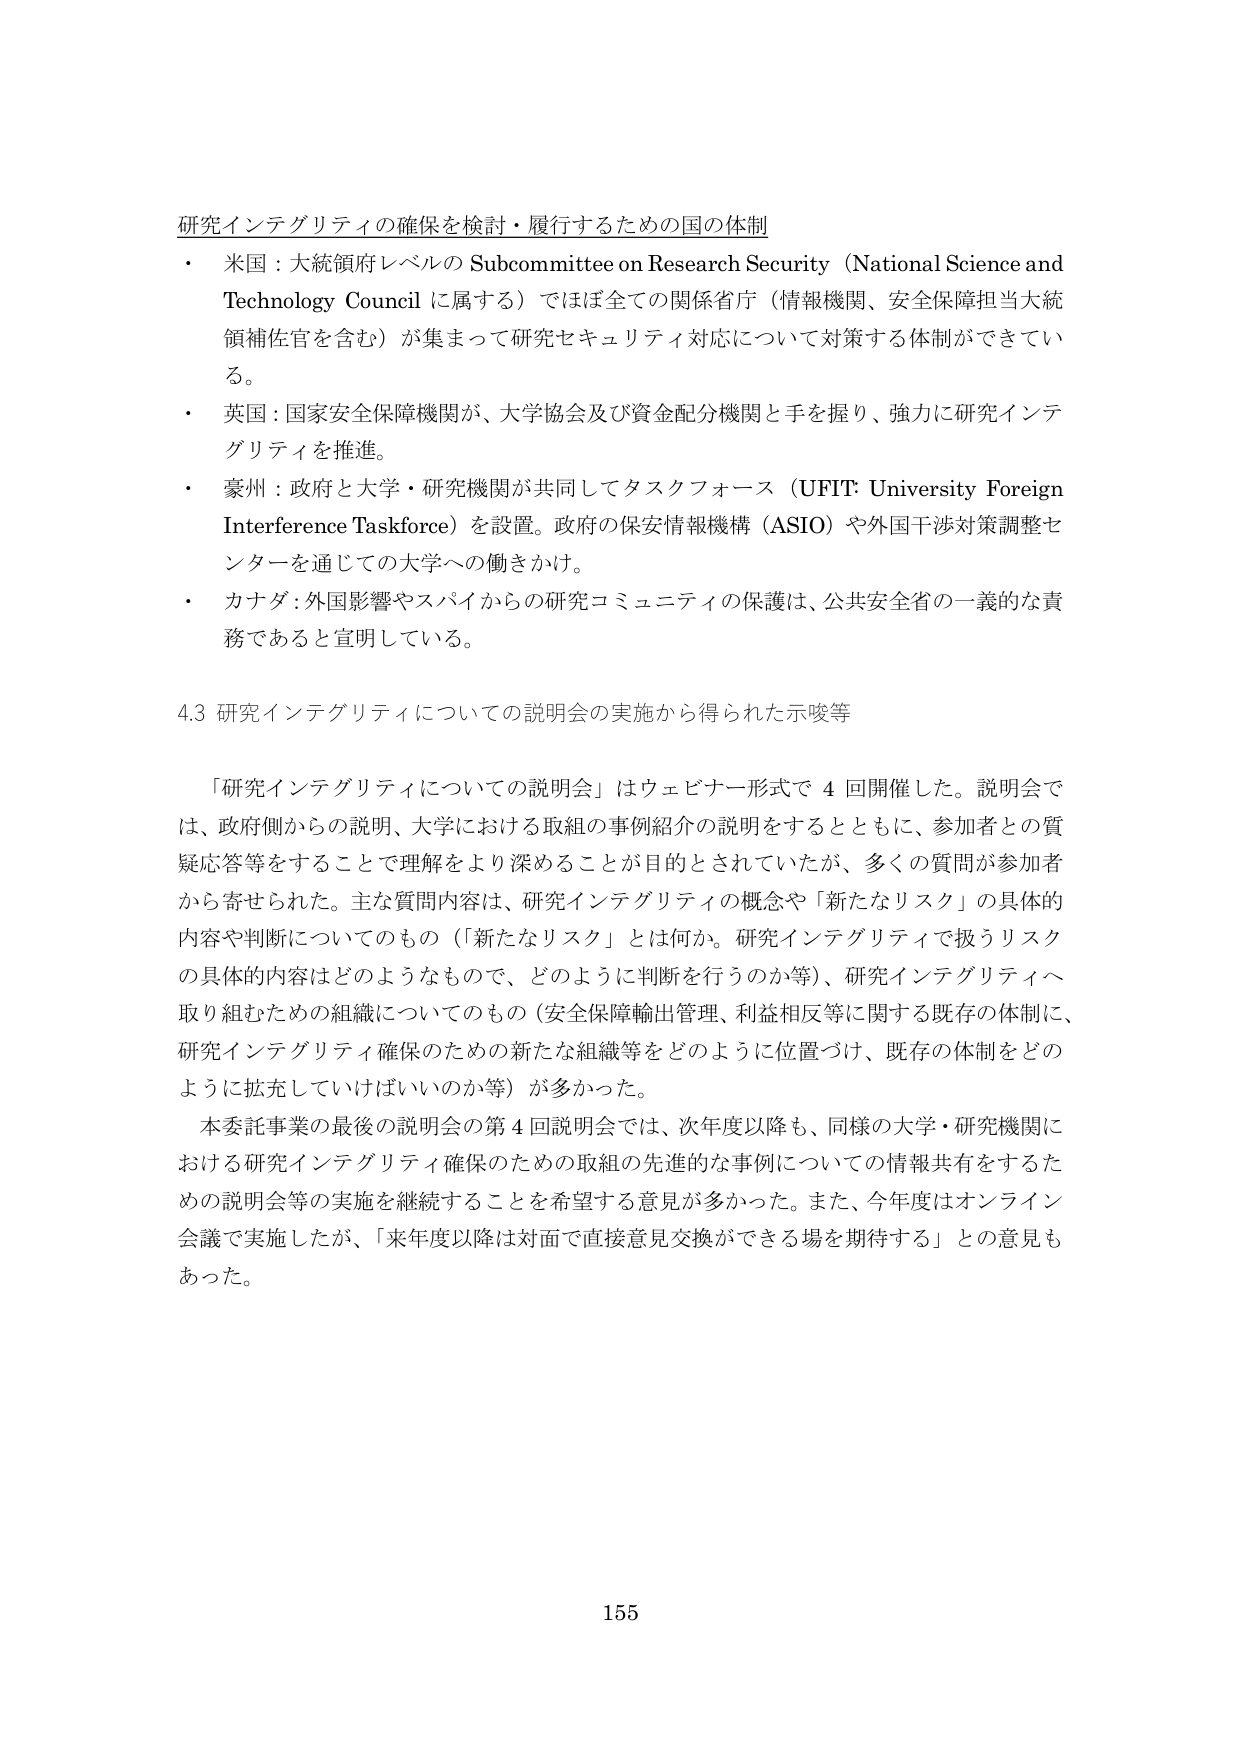
研究インテグリティの確保を検討・履行するための国の体制
・ 米国：大統領府レベルの Subcommittee on Research Security（National Science and Technology Council に属する）でほぼ全ての関係省庁（情報機関、安全保障担当大統領補佐官を含む）が集まって研究セキュリティ対応について対策する体制ができている。
・ 英国：国家安全保障機関が、大学協会及び資金配分機関と手を握り、強力に研究インテグリティを推進。
・ 豪州：政府と大学・研究機関が共同してタスクフォース（UFIT: University Foreign Interference Taskforce）を設置。政府の保安情報機構（ASIO）や外国干渉対策調整センターを通じての大学への働きかけ。
・ カナダ：外国影響やスパイからの研究コミュニティの保護は、公共安全省の一義的な責務であると宣言している。

4.3 研究インテグリティについての説明会の実施から得られた示唆等

「研究インテグリティについての説明会」はウェビナー形式で 4 回開催した。説明会では、政府側からの説明、大学における取組の事例紹介の説明をするとともに、参加者との質疑応答等をすることで理解をより深めることが目的とされていたが、多くの質問が参加者から寄せられた。主な質問内容は、研究インテグリティの概念や「新たなリスク」の具体的内容や判断についてのもの（「新たなリスク」とは何か。研究インテグリティで扱うリスクの具体的内容はどのようなもので、どのように判断を行うのか等）、研究インテグリティへ取り組むための組織についてのもの（安全保障輸出管理、利益相反等に関する既存の体制に、研究インテグリティ確保のための新たな組織等をどのように位置づけ、既存の体制をどのように拡充していけばいいのか等）が多かった。
本委託事業の最後の説明会の第 4 回説明会では、次年度以降も、同様の大学・研究機関における研究インテグリティ確保のための取組の先進的な事例についての情報共有をするための説明会等の実施を継続することを希望する意見が多かった。また、今年度はオンライン会議で実施したが、「来年度以降は対面で直接意見交換ができる場を期待する」との意見もあった。

155